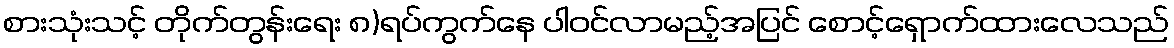
စားသုံးသင့် တိုက်တွန်းရေး ၈)ရပ်ကွက်နေ ပါဝင်လာမည့်အပြင် စောင့်ရှောက်ထားလေသည်